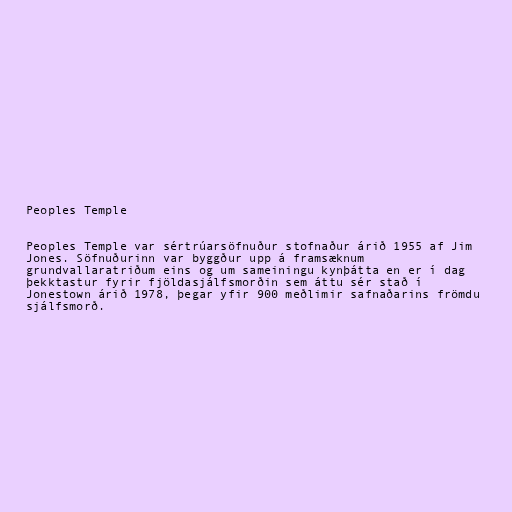
Peoples Temple

Peoples Temple var sértrúarsöfnuður stofnaður árið 1955 af Jim
Jones. Söfnuðurinn var byggður upp á framsæknum
grundvallaratriðum eins og um sameiningu kynþátta en er í dag
þekktastur fyrir fjöldasjálfsmorðin sem áttu sér stað í
Jonestown árið 1978, þegar yfir 900 meðlimir safnaðarins frömdu
sjálfsmorð.